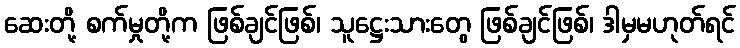
ဆေးတို့ စက်မှုတို့က ဖြစ်ချင်ဖြစ်၊ သူဋ္ဌေးသားတွေ ဖြစ်ချင်ဖြစ်၊ ဒါမှမဟုတ်ရင်